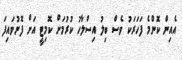
އެއިން ކޮންމެ ފަހަރަކު ވެސް ބިލު އިސްލާހު ކުރުމަށް ކޮމިޓީ އަށް ފޮނުވައިފަ